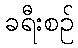
ခရီးစဉ်